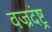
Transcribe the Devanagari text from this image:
वज्रदंष्ट्र